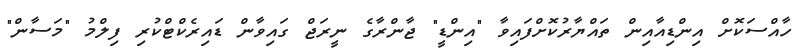
ހާއްސަކޮށް އިންޑިއާއިން ތައްޔާރުކޮށްފައިވާ "އިންޑީ" ޖާންރާގެ ނީރަޖް ގައިވާން ޑައިރެކްޓްކުރި ފިލްމު "މަސާން"